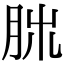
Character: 𦚃